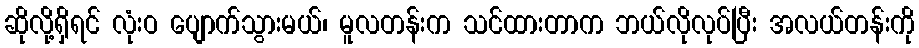
ဆိုလို့ရှိရင် လုံးဝ ပျောက်သွားမယ်၊ မူလတန်းက သင်ထားတာက ဘယ်လိုလုပ်ပြီး အလယ်တန်းကို